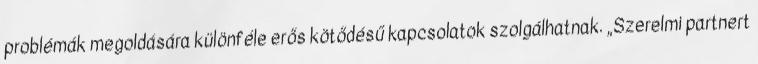
problémák megoldására különféle erős kötődésű kapcsolatok szolgálhatnak. „Szerelmi partnert